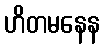
ဟိတမနေန